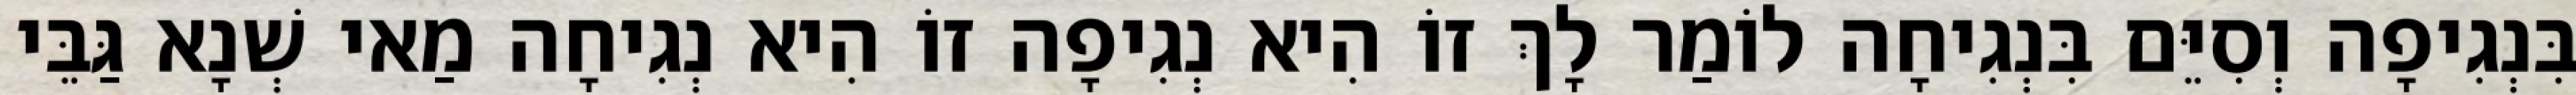
בִּנְגִיפָה וְסִיֵּם בִּנְגִיחָה לוֹמַר לָךְ זוֹ הִיא נְגִיפָה זוֹ הִיא נְגִיחָה מַאי שְׁנָא גַּבֵּי